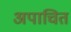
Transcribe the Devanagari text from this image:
अपाचित